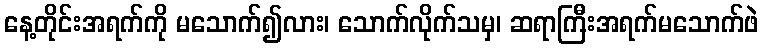
နေ့တိုင်းအရက်ကို မသောက်၍လား၊ သောက်လိုက်သမှ၊ ဆရာကြီးအရက်မသောက်ဖဲ